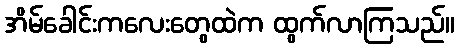
အိမ်ခေါင်းကလေးတွေထဲက ထွက်လာကြသည်။